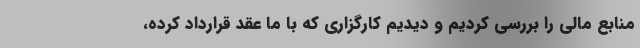
منابع مالی را بررسی کردیم و دیدیم کارگزاری که با ما عقد قرارداد کرده،